画像に写った文字を読んでください
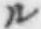
「ル」と書いてあります